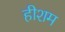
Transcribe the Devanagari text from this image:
हीशम